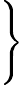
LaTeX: \Bigg\}